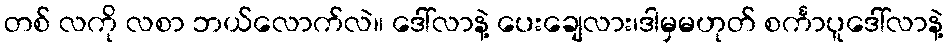
တစ် လကို လစာ ဘယ်လောက်လဲ။ ဒေါ်လာနဲ့ ပေးချေလား၊ဒါမှမဟုတ် စင်္ကာပူဒေါ်လာနဲ့